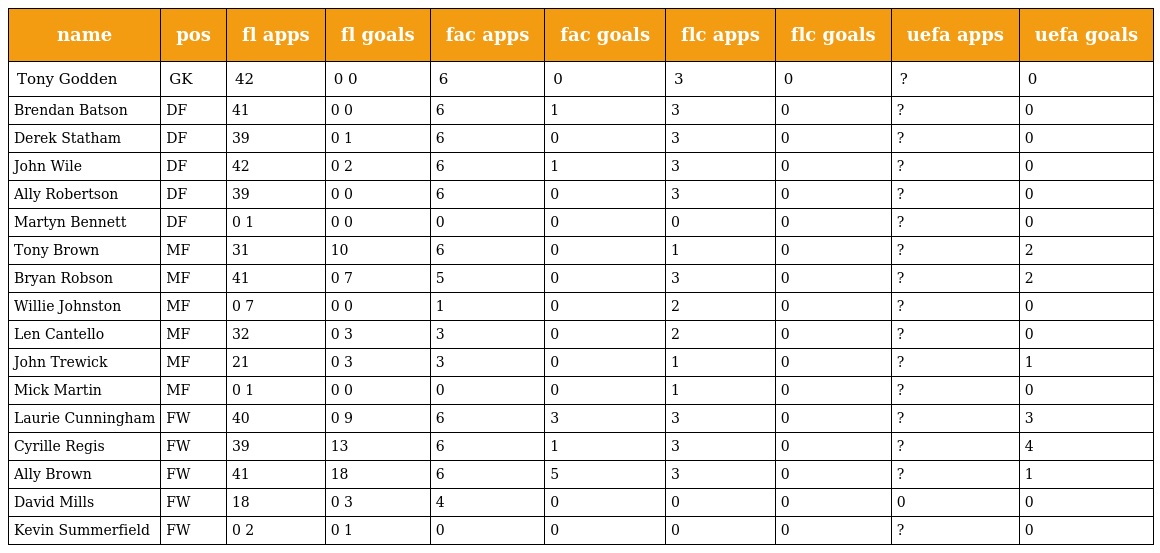
| name | pos | fl apps | fl goals | fac apps | fac goals | flc apps | flc goals | uefa apps | uefa goals |
 | --- | --- | --- | --- | --- | --- | --- | --- | --- | --- |
 | Tony Godden | GK | 42 | 0 0 | 6 | 0 | 3 | 0 | ? | 0 |
 | Brendan Batson | DF | 41 | 0 0 | 6 | 1 | 3 | 0 | ? | 0 |
 | Derek Statham | DF | 39 | 0 1 | 6 | 0 | 3 | 0 | ? | 0 |
 | John Wile | DF | 42 | 0 2 | 6 | 1 | 3 | 0 | ? | 0 |
 | Ally Robertson | DF | 39 | 0 0 | 6 | 0 | 3 | 0 | ? | 0 |
 | Martyn Bennett | DF | 0 1 | 0 0 | 0 | 0 | 0 | 0 | ? | 0 |
 | Tony Brown | MF | 31 | 10 | 6 | 0 | 1 | 0 | ? | 2 |
 | Bryan Robson | MF | 41 | 0 7 | 5 | 0 | 3 | 0 | ? | 2 |
 | Willie Johnston | MF | 0 7 | 0 0 | 1 | 0 | 2 | 0 | ? | 0 |
 | Len Cantello | MF | 32 | 0 3 | 3 | 0 | 2 | 0 | ? | 0 |
 | John Trewick | MF | 21 | 0 3 | 3 | 0 | 1 | 0 | ? | 1 |
 | Mick Martin | MF | 0 1 | 0 0 | 0 | 0 | 1 | 0 | ? | 0 |
 | Laurie Cunningham | FW | 40 | 0 9 | 6 | 3 | 3 | 0 | ? | 3 |
 | Cyrille Regis | FW | 39 | 13 | 6 | 1 | 3 | 0 | ? | 4 |
 | Ally Brown | FW | 41 | 18 | 6 | 5 | 3 | 0 | ? | 1 |
 | David Mills | FW | 18 | 0 3 | 4 | 0 | 0 | 0 | 0 | 0 |
 | Kevin Summerfield | FW | 0 2 | 0 1 | 0 | 0 | 0 | 0 | ? | 0 |